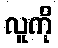
လူကို